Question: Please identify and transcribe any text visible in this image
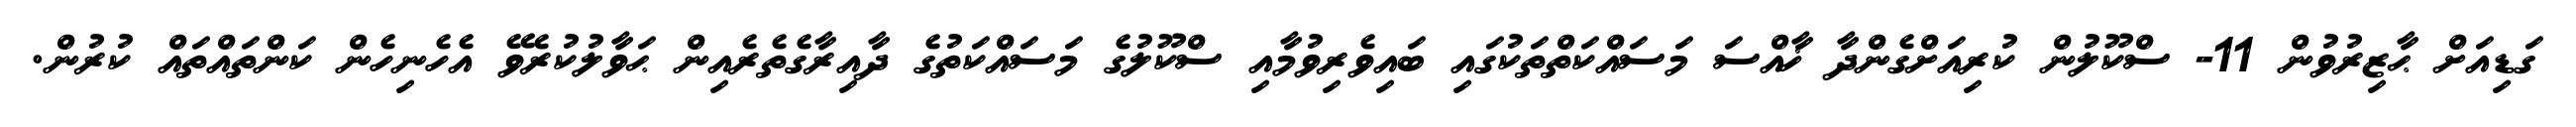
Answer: ގަޑިއަށް ޙާޒިރުވުން 11- ސްކޫލުން ކުރިއަށްގެންދާ ޚާއްސަ މަސައްކަތްތަކުގައި ބައިވެރިވުމާއި ސްކޫލުގެ މަސައްކަތުގެ ދާއިރާގެތެރެއިން ޙަވާލުކުރެވޭ އެހެނިހެން ކަންތައްތައް ކުރުން.